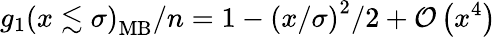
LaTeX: g_{1}\left(x\lesssim\sigma\right)_{\mathrm{MB}}/n=1-\left(x/\sigma\right)^{2}/2+\mathcal{O}\left(x^{4}\right)